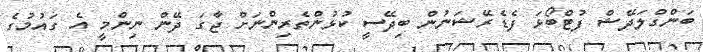
ބަންގްލަދޭޝް ފުޓްބޯޅަ ފެޑެރޭޝަނުން ބިދޭސީ ކުޅުންތެރިންނަށް ޖާގަ ދޭން ނިންމީ އެ ގައުމުގެ